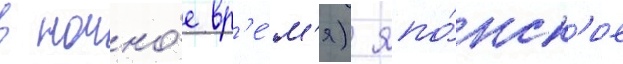
в ночно́е вр'е́м'я) япо́нск'ие